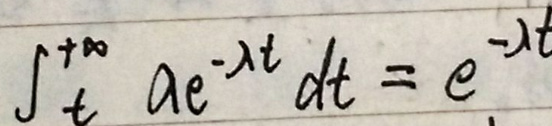
\[
\int_{t}^{+\infty} a e^{-\lambda t} dt = e^{-\lambda t}
\]